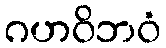
ဂဟဝိဘဝံ